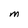
Character: M